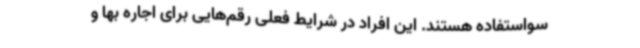
سواستفاده هستند. این افراد در شرایط فعلی رقم‌هایی برای اجاره بها و